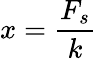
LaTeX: x={\frac{F_{s}}{k}}